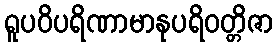
ရူပဝိပရိဏာမာနုပရိဝတ္တိဇာ